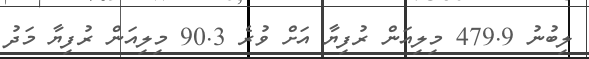
ލިބުނު 479.9 މިލިއަން ރުފިޔާ އަށް ވުރެ 90.3 މިލިއަން ރުފިޔާ މަދު